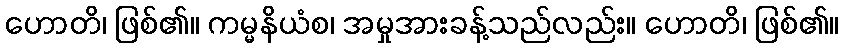
ဟောတိ၊ ဖြစ်၏။ ကမ္မနိယံစ၊ အမှုအားခန့်သည်လည်း။ ဟောတိ၊ ဖြစ်၏။